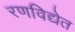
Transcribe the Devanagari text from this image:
रणविद्येत